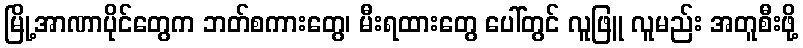
မြို့အာဏာပိုင်တွေက ဘတ်စကားတွေ၊ မီးရထားတွေ ပေါ်တွင် လူဖြူ လူမည်း အတူစီးဖို့